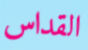
القداس